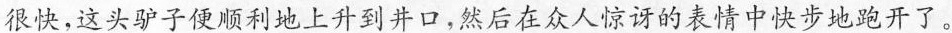
很快，这头驴子便顺利地上升到井口，然后在众人惊讶的表情中快步地跑开了。